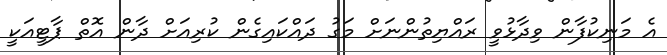
އެ މަނިކުފާން ވިދާޅުވީ ރައްޔިތުންނަށް މަގު ދައްކައިގެން ކުރިއަށް ދާން އޮތް ޕާޓީއަކީ